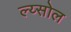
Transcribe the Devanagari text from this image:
ल्य्सोल